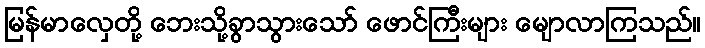
မြန်မာလှေတို့ ဘေးသို့ခွာသွားသော် ဖောင်ကြီးများ မျောလာကြသည်။